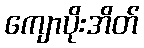
ကျောပိုးအိတ်